Lunatic asylums Bombay report 1891-1903 - 1891-1903
Year: 1891
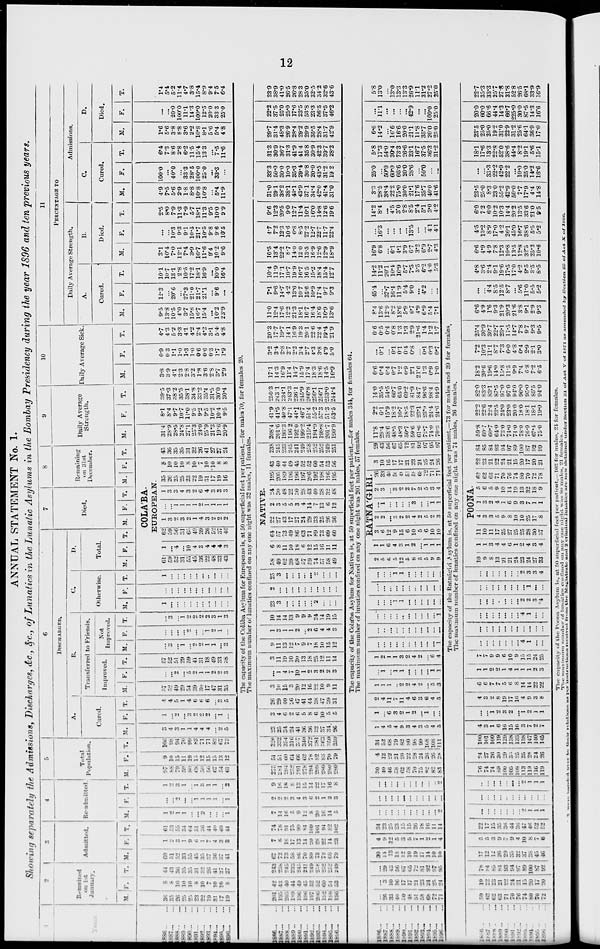
12
ANNUAL STATEMENT No. 1.
Showing separately the Admissions, Discharges, &c., &c., of Lunatics in the Lunatic Asylums in the Bombay Presidency during the year 1896 and ten previous years.
1886 ... ...
1887 ... ...
1888 ... ...
1889 ... ...
1890 ... ...
1891 ... ...
1892 ... ...
1893 ... ...
1894 ... ...
1895 ... ...
1896
1886 ... ...
1887 ... ...
1888 ... ...
1889 ... ...
1890 ... ...
1891 ... ...
1892 ... ...
1893 ... ...
1894 ... ...
1895 ... ...
1896 ... ...
1886 ... ...
1887 ... ...
1888 ... ...
1889 ... ...
1890 ... ...
1891 ... ...
1892 ... ...
1893 ... ...
1894 ... ...
1895 ... ...
1896 ... ...
1886 ... ...
1887 ... ...
1888 ... ...
1889 ... ...
1890 ... ...
1891 ... ...
1892 ... ...
1893 ... ...
1894 ... ...
1895 ... ...
1896 ... ...
2
Remained
on 1st
January.
M.
36
35
26
25
25
23
22
19
31
17
19
201
195
205
189
196
196
197
206
192
198
196
...
26
33
40
50
48
51
58
68
72
71
59
62
62
63
71
70
76
74
80
70
72
F.
8
8
10
10
10
8
10
7
10
10
8
42
43
40
44
49
45
52
52
60
54
53
...
3
10
16
17
17
21
23
24
25
24
19
22
23
21
22
24
21
15
20
17
20
T.
44
43
36
35
35
31
32
26
41
27
27
243
238
245
233
245
241
249
258
252
252
249
...
29
43
56
67
65
72
81
92
97
95
78
84
85
81
93
94
97
89
100
87
92
3
Admitted.
M.
60
51
52
33
55
45
35
37
36
37
41
67
72
73
58
86
70
89
73
72
68
79
30
14
13
18
12
10
19
17
14
10
10
17
12
12
26
29
35
32
37
38
45
46
F.
1
2
3
1
9
6
1
7
4
3
3
7
6
18
17
13
14
20
28
22
14
23
4
9
12
5
3
5
7
1
2
1
4
5
5
3
9
7
9
4
10
8
7
6
T.
61
53
55
34
64
51
36
44
40
40
44
74
78
91
75
99
84
109
101
94
82
102
34
23
25
23
15
15
26
18
16
11
14
22
17
15
35
36
44
36
47
46
52
52
4
Re-admitted.
M.
1
2
1
1
...
...
2
...
...
...
1
7
14
16
5
9
12
8
20
16
14
5
...
...
...
...
....
...
...
...
...
...
2
...
...
...
...
...
...
...
2
1
1
1
F.
...
...
2
...
...
1
1
1
1
...
1
2
2
2
3
4
3
6
2
1
2
3
...
...
...
...
...
...
...
...
...
...
...
...
...
...
...
...
...
...
...
...
...
...
T.
1
2
3
1
...
1
3
1
1
...
2
9
16
18
8
13
15
14
22
17
16
8
...
...
...
...
...
...
...
...
...
...
2
...
...
...
...
...
...
...
2
1
1
1
5
Total
Population.
M.
97
88
79
59
80
68
59
56
67
54
61
275
281
294
252
291
278
294
299
280
280
280
30
40
46
58
62
58
70
75
82
82
83
76
74
74
89
100
105
108
113
119
116
119
F.
9
10
15
11
19
15
12
15
15
13
12
51
51
60
64
66
62
78
82
83
70
79
4
12
22
21
20
22
28
24
26
26
28
24
27
26
30
29
33
25
25
28
24
26
T.
106
98
94
70
99
83
71
71
82
67
73
326
332
354
316
357
340
372
381
363
350
359
34
52
68
79
82
80
98
99
108
108
111
100
101
100
119
129
138
133
138
147
140
145
6
DlSCHARGED.
A.
Cured.
M.
3
4
3
1
1
4
4
4
...
2
5
23
25
34
24
41
36
36
32
37
34
26
1
4
5
4
9
3
4
3
5
4
5
4
3
1
6
16
15
16
3
7
2
7
F.
1
...
2
...
3
2
2
2
...
1
...
3
4
6
2
6
5
8
6
10
5
5
1
...
6
3
2
1
2
...
1
...
...
...
...
1
2
3
2
...
1
2
1
1
T.
4
4
5
1
4
6
6
6
...
3
5
26
29
40
26
47
41
44
38
47
39
31
2
4
11
7
11
4
6
3
6
4
5
4
3
2
8
19
17
16
4
9
3
8
B.
Transferred to Friends.
Improved.
M.
57
52
49
29
54
39
30
17
47
31
35
F.
...
...
2
...
5
2
1
1
2
2
3
T.
57
52
51
29
59
41
31
18
49
33
38
Not
Improved.
M
...
3
...
1
...
2
2
1
1
...
3
F.
...
...
...
...
2
...
...
1
2
1
...
T.
...
3
... 1
2
2
2
2
3
1
3
C.
Otherwise.
M.
1
...
...
...
...
...
...
...
...
...
...
F.
...
...
...
...
...
...
...
...
...
...
...
T.
1
...
...
...
...
...
...
..
...
...
...
D.
Total.
M.
F.
T.
7
Died.
M.
F. T.
8
Remaining
on 31st
December.
M.
F.
T.
COLA'BA.
EUROPEAN.
61
59
52
3l
55
45
36
22
48
33
43
1
...
4
...
10
4
3
4
4
4
3
62
59
56
31
65
49
39
26
52
37
46
1
3
2
3
2
1
4
3
2
2
2
...
...
1
1
1
1
2
1
1
1
1
1
3
3
4
3
2
6
4
3
3
3
35
26
25
25
23
22
19
31
17
19
16
8
10
10
10
8
10
7
10
10
8
8
43
36
35
35
31
32
26
41
27
27
24
9
Daily Average
Strength.
M.
31.4
28.9
28.5
24.8
27.1
25.3
24.0
25.9
21.3
19.6
20.9
F.
8.1
8.4
9.7
10.7
11.0
9.5
9.2
9.5
10.2
10.4
9.5
T.
39.5
37.3
38.2
35.5
38.1
34.8
33.2
35.4
31.5
30.0
30.4
10
Daily Average Sick.
M.
3.8
3.9
4.1
2.3
2.8
3.2
1.8
3.6
2.8
3.7
2.9
F.
0.9
0.3
1.1
1.0
1.3
1.0
0.6
0.6
0.3
1.7
1.9
The capacity of the Colába Asylum for Europeans is, at 50 superficial feet per patient,—for males 70, for females 20.
The maximum number of lunatics confined on any one night was 32 males, 11 females.
3
10
15
3
20
12
16
22
10
9
11
...
1
4
7
10
1
2
3
2
2
3
3
11
19
10
30
13
18
25
12
11
14
9
11
13
12
7
9
7
18
10
15
12
1
3
1
1
2
...
2
6
4
4
3
10
14
14
13
9
9
9
24
14
19
15
23
3
...
...
...
...
...
2
...
...
...
2
...
...
...
...
...
...
...
...
...
...
25
3
...
...
...
...
...
2
...
...
...
NATIVE.
58
49
62
39
68
57
59
74
57
58
49
6
8
11
10
18
6
12
15
16
11
11
64
57
73
49
86
63
71
89
73
69
60
22
27
43
17
27
24
29
33
25
26
36
2
3
5
5
3
4
14
7
13
6
12
24
30
48
22
30
28
43
40
38
32
48
195
205
189
190
196
197
206
192
198
196
195
43
40
44
49
45
52
52
60
54
53
56
238
245
233
245
241
249
258
252
252
249
251
208.4
201.6
193.3
196.2
192.0
199.2
215.4
194.9
198.8
201.7
190.9
41.9
41.5
40.8
47.1
44.1
46.7
51.4
55.2
57.3
51.3
53.5
250.3
243.1
234.1
243.3
236.1
245.9
266.8
250.1
256.1
253.0
244.4
17.1
14.3
16.9
11.4
14.7
15.9
17.4
18.3
18.6
14.5
16.9
3.2
3.4
2.8
2.7
2.2
3.4
2.7
4.3
3.8
4.9
5.0
The capacity of the Colába Asylum for Natives is, at 50 superficial feet per patient,—for males 344, for females 64.
The maximum number of lunatics confined on any one night was 201 males, 57 females.
1
1
1
..
2
2
4
2
...
5
3
6
6
7
7
5
6
8
14
14
22
22
...
1
...
1
1
...
...
...
...
1
1
1
1
2
2
1
4
1
1
1
2
3
1
2
1
1
3
2
4
2
... 6
4
7
7
9
9
6
10
9
15
15
24
25
...
...
...
...
...
...
...
...
...
...
1
...
...
...
...
...
...
...
...
...
...
...
...
...
...
...
...
...
...
...
...
1
...
...
...
1
1
...
...
...
...
...
...
....
...
...
...
...
...
...
...
...
...
...
...
...
...
1
1
...
...
...
...
...
2
5
6
5
12
5
8
5
5
9
9
RATNA'GIRI.
1
1
6
4
3
1
2
...
1
1
1
3
6
12
9
15
6
10
5
6
10
10
2
2
...
3
2
2
4
2
5
2
3
...
1
...
...
...
...
3
...
...
1
1
2
3
...
3
2
2
7
2
5
3
4
26
33
40
50
48
51
58
68
72
71
71
3
10
16
17
17
21
23
24
25
24
26
29
43
56
67
65
72
81
92
97
95
97
11.8
29.4
38.6
48.5
48.3
50.7
59.6
61.0
72.7
74.0
70.3
2.2
6.1
15.9
18.2
16.7
18.5
22.3
23.1
23.9
24.4
24.6
14.0
35.5
54.5
66.7
65.0
69.2
81.9
84.7
96.6
98.4
94.9
0.6
0.4
0.4
0.7
1.2
0.9
2.1
21.6
1.3
0.9
1.0
...
0.1
...
0.1
0.1
0.4
0.8
...
0.1
0.3
0.7
T.
4.7
4.3
5.2
3.3
4.1
4.2
2.4
4.2
3.1
5 4
4.8
20.3
17.7
19.7
14.1
16.9
19.3
20.1
22.6
22.4
19.4
21.9
0.6
0.5
0.4
0.8
1.3
1.3
2.9
21.6
1.4
1.2
1.7
The capacity of the Ratnágiri. Asylum is, at 50 superficial feet per patient,—73 for males and 39 for females.
The maximum number of lunatics confined on any one night was 74 males, 26 females.
...
...
...
...
...
...
...
4
1
...
...
...
...
...
...
...
...
...
...
...
...
...
...
...
...
...
...
...
...
4
1
...
...
...
...
...
...
...
...
...
2
2
3
4
...
...
...
...
...
...
...
...
1
...
...
...
...
...
...
...
...
2
3
3
4
POONA.
10
9
8
13
21
21
24
23
24
27
33
1
1
3
4
4
6
1
2
4
3
4
11
10
11
17
25
27
25
25
28
30
37
4
3
3
5
9
8
10
10
25
17
8
1
3
2
4
1
6
9
3
7
1
1
5
6
5
9
10
14
19
13
32
18
9
62
62
63
71
70
76
74
80
70
72
78
22
23
21
22
24
21
15
20
17
20
21
84
85
84
93
94
97
89
100
87
92
99
59.8
60.7
60.7
64.0
73.0
74.0
74.0
78.0
76.9
67.4
75.0
22.2
22.6
22.4
23.5
24.0
23.0
20.0
18.0
18.1
18.1
19.0
82.0
83.3
83.1
87.5
97.0
97.0
94.0
96.0
95.0
85.5
94.0
18.2
20.6
19.6
14.0
15.8
11.5
9.9
7.4
6.8
7.2
6.5
7.2
10.3
11.1
8.7
7.3
6.0
4.8
0.4
2.9
2.1
3.0
25.4
30.9
30.7
22.7
23.1
17.5
14.7
7.8
9.7
9.3
9.5
11
PERCENTAGE
TO
Daily Average Strength.
A.
Cured.
M.
9.5
13.8
10.5
4.0
3.7
15.8
16.7
15.4
...
10.2
23.9
11.0
12.4
17.6
12.2
21.3
18.1
16.7
16.4
18.6
16.9
13.6
8.4
13.6
12.9
8.2
18.6
5.9
6.7
4.9
6.9
5.4
7.1
6.6
4.9
1.6
9.3
21.9
20.3
21.6
3.8
9.1
2.9
9.3
F.
12.3
...
20.6
...
27.3
21.0
21.7
21.1
...
9.6
...
7.1
9.6
14.7
4.2
13.6
10.7
15.6
10.9
17.4
9.7
9.3
45.4
...
37.7
16.4
11.9
5.4
9.0
...
4.2
...
...
...
...
4.4
8.5
12.5
8.7
...
5.6
11.0
5.5
5.2
T.
10.1
10.7
13.1
2.8
10.5
17.2
18.1
16.9
...
10.0
16.4
10.4
11.9
17.1
10.7
19.9
16.7
16.5
15.2
18.4
15.4
12.7
14.2
11.2
20.1
10.4
16.9
5.7
7.3
3.5
6.2
4.0
5.3
4.8
3.6
2.4
9.1
19.6
17.5
17.0
4.2
9.5
3.5
8.5
B.
Died.
M.
3.1
10.4
7.0
12.1
7.4
3.9
16.7
11.6
9.4
10.2
9.6
10.5
13.4
22.2
8.7
14.0
12.0
13.5
16.9
12.6
12.9
18.9
16.9
6.8
...
6.1
4.1
3.9
6.7
3.2
6.9
2.7
4.3
6.6
4.9
4.9
7.8
12.3
10.8
13.5
12.8
32.5
25.2
10.6
F.
...
...
10.3
9.3
9.1
10.5
21.7
10.5
9.8
9.6
10.5
4.7
7.2
12.3
10.6
6.8
8.5
27.2
12.7
22.7
11.7
22.4
...
16.3
...
...
...
...
13.5
...
...
4.1
4.1
4.5
13.2
8.9
17.0
4.2
26.1
45.0
16.7
38.6
5.5
5.2
T.
2.5
8.0
7.9
11.3
7.9
5.7
18.1
11.3
9.5
10.0
9.9
9.6
12.3
20.5
9.0
12.7
11.4
16.1
16.0
14.8
12.6
19.6
14.2
8.4
...
4.5
3.0
2.8
8.5
2.4
5.1
3.0
4.2
6.0
7.2
6.0
10.2
10.3
14.4
20.2
13.5
33.6
21.0
9.5
Admissions.
C.
Cured.
M.
4.9
7.5
5.6
2.9
1.8
8.8
10.8
10.8
...
5.4
11.9
31.0
29.1
38.2
38.1
43.1
43.9
37.1
34.4
42.0
41.4
31.0
3.3
28.5
38.4
22.2
75.0
30.0
21.1
17.6
35.7
40.0
41.6
23.5
25.0
8.3
23.0
55.2
42.9
50.0
7.7
17.9
4.4
14.8
F.
100.0
...
40.0
...
33.3
28.5
100.0
25.0
...
33.3
...
33.3
50.0
30.0
10.0
35.3
29.4
30.8
20.0
43.5
31.2
19.2
25.0
...
50.0
60.0
66.6
20.0
28.6
...
50.0
...
...
...
...
33.3
22.2
42.9
22.2
...
10.0
25.0
14.2
16.6
T.
6.4
7.3
8.6
2.8
6.2
11.5
15.4
13.3
...
7.5
11.6
31.3
30.9
36.7
31.3
41.9
41.4
35.8
30.9
42.3
39.7
28.2
5.8
17.3
54.0
30.4
73.3
26.6
23.1
16.7
37.5
36.3
31.2
18.1
17.6
13.3
22.8
52.0
38.6
44.4
8.2
19.1
5.6
15.1
D.
Died.
M.
1.6
5.6
3.8
8.8
3.6
2.2
10.8
8.1
5.6
5.4
4.8
29.7
31.4
48.3
26.9
28.4
29.2
29.9
35.5
28.4
31.7
42.9
6.6
14.2
...
16.6
16.6
20.0
21.1
11.8
35.7
20.0
25.0
23.5
25.0
25.0
19.2
31.0
22.9
31.2
25.6
64.1
36.9
17.0
F.
...
...
20.0
100.0
11.1
14.3
100.0
12.5
20.0
33.3
25.0
22.2
37.5
25.0
25.0
17.6
23.5
53.8
23.3
56.5
37.5
46.2
...
11.1
...
...
...
...
42.9
...
...
100.0
25.0
20.0
60.0
66.6
44.4
14.3
66.7
225.0
30.0
87.5
14.3
16.6
T.
1.4
5.4
5.2
11.4
4.7
3.8
15.4
8.9
9.4
7.5
6.4
23.9
38.9
41.0
26.5
26.8
28.3
35.0
32.5
34.2
32.6
43.6
5.8
13.0
...
13.0
13.3
13.3
26.9
11.1
31.2
27.2
25.0
22.7
35.3
33.3
25.7
27.8
31.8
52.8
26.5
68.1
33.9
16.9
The capacity of the Poona Asylum is, at 50 superficial feet per patient,—103 for males, 24 for females.
The
maximum number of lunatics confined on any one night was 80 males, 21 females.
2 were
handed
over
to
their
relations
as
per
instructions
received
from the Magistrate and 2 criminal lunatics are now detained under Section 31 of Act V of 1871 as amended by Section
25
of Act X of
1886.